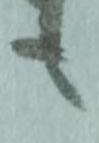
も